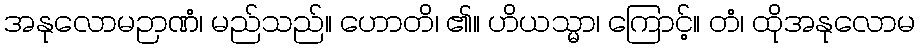
အနုလောမဉာဏံ၊ မည်သည်။ ဟောတိ၊ ၏။ ဟိယသ္မာ၊ ကြောင့်။ တံ၊ ထိုအနုလောမ